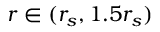
r \in ( r _ { s } , 1 . 5 r _ { s } )